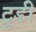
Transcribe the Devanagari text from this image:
ट्रुडी